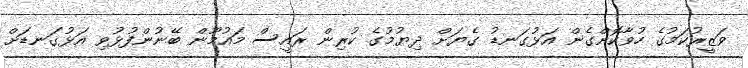
ވަޒީރުކަމުގެ ހުވާކޮށްގެން އަޅުގަނޑު ގެޔަށް ދިޔުމުގެ ކުރިން ރައީސް މައުމޫން ބޭނުންފުޅުވި އަޅުގަނޑަށް